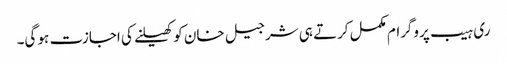
ری ہیب پروگرام مکمل کرتے ہی شرجیل خان کو کھیلنے کی اجازت ہو گی۔